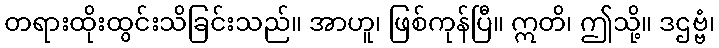
တရားထိုးထွင်းသိခြင်းသည်။ အာဟူ၊ ဖြစ်ကုန်ပြီ။ ဣတိ၊ ဤသို့။ ဒဌဗ္ဗံ၊